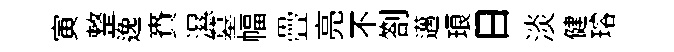
寅整逸賚濕墓幅疊亮不劄邁琅日淡健璿